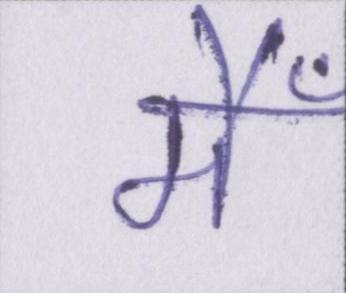
मैँ